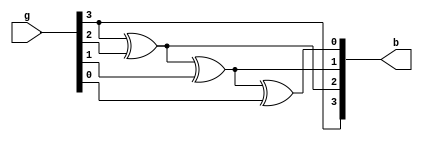
module gtob(g,b);
input[3:0]g;
output[3:0]b;
 buf buf_b1(b[3],g[3]);
 xor xor_b1(b[2],b[3],g[2]);
 xor xor_b2(b[1],b[2],g[1]);
 xor xor_b3(b[0],b[1],g[0]);
endmodule